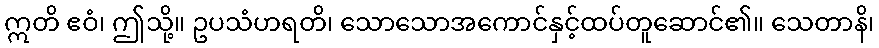
ဣတိ ဧဝံ၊ ဤသို့။ ဥပသံဟရတိ၊ သောသောအကောင်နှင့်ထပ်တူဆောင်၏။ သေတာနိ၊